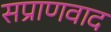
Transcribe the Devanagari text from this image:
सप्राणवाद